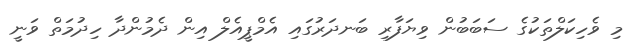
މި ވެހިކަލްތަކުގެ ސަބަބުން ވިޔަފާރި ބަނދަރުގައި އެމްޕީއެލް އިން ދެމުންދާ ހިދުމަތް ވަނީ